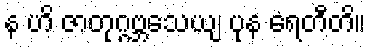
န ဟိ ဇာတုဂ္ဂဗ္ဘသေယျ ပုန ရေတီတိ။